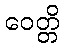
ဝေတ္တိ